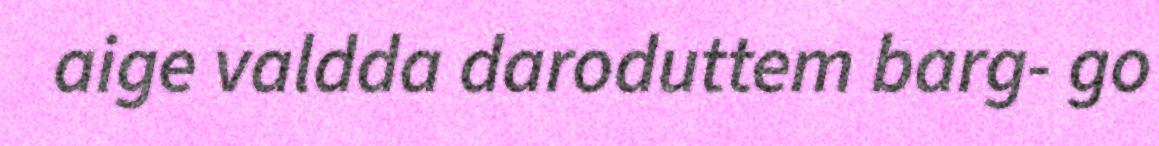
aige valdda daroduttem barg- go